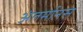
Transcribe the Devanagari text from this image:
अंतर्मानस